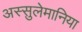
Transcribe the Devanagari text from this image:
अस्सुलेमानिया